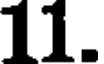
11.